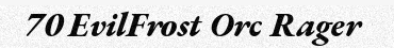
70 EvilFrost Orc Rager